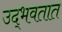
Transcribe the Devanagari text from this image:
उद्‍भवतात